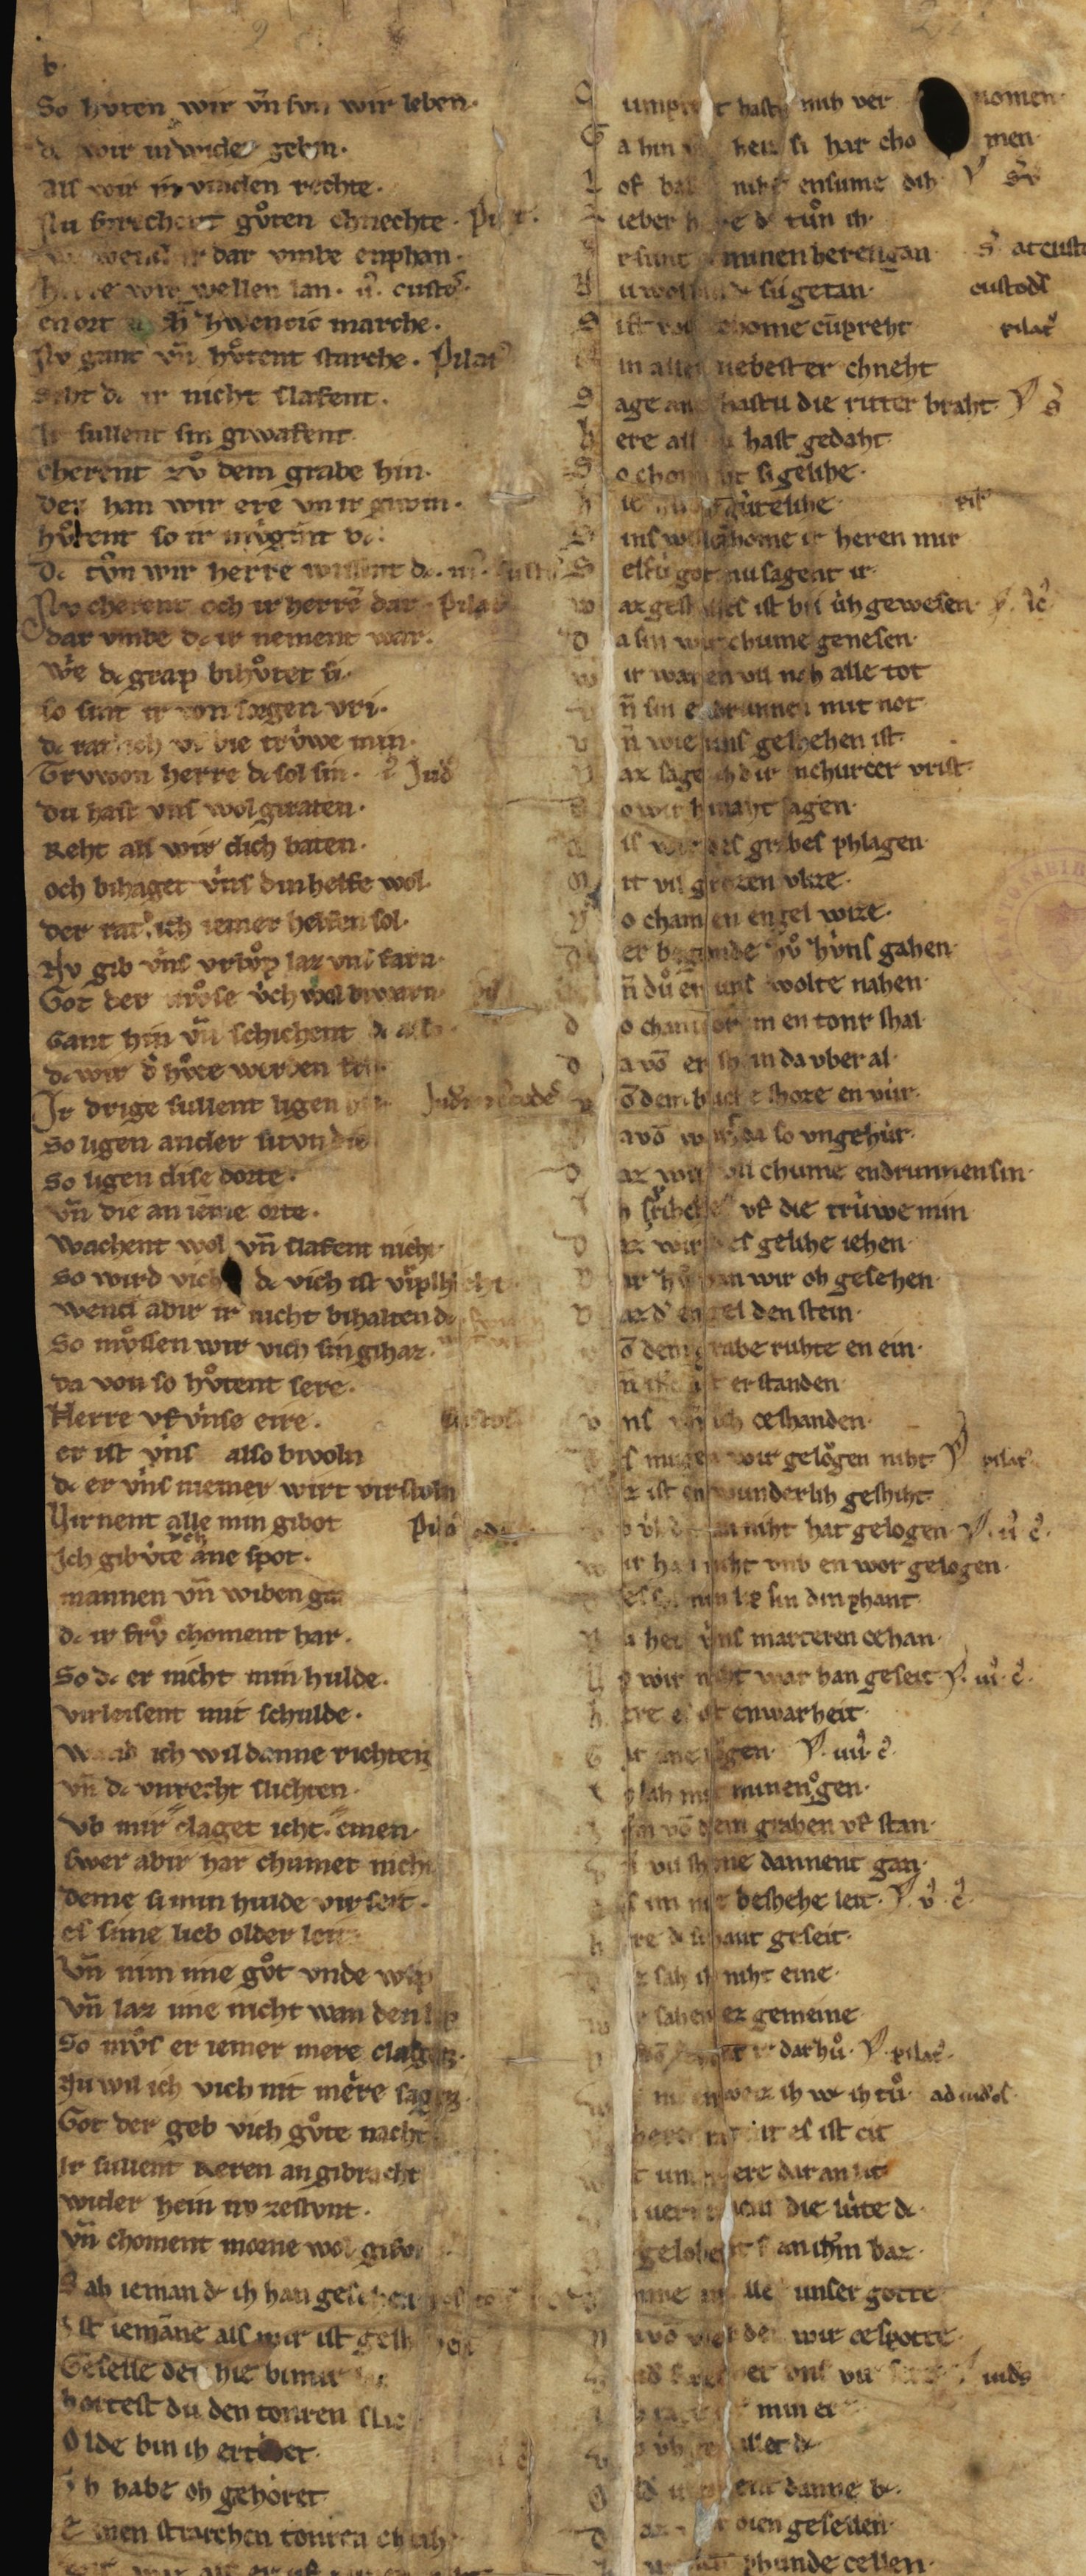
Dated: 1235–1265